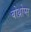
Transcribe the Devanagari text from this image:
बोथ्रोप्स